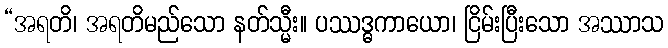
“အရတိ၊ အရတိမည်သော နတ်သ္မီး။ ပဿဒ္ဓကာယော၊ ငြိမ်းပြီးသော အဿာသ